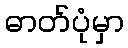
ဓာတ်ပုံမှာ